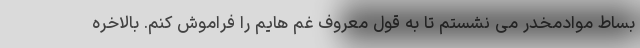
بساط موادمخدر می نشستم تا به قول معروف غم هایم را فراموش کنم. بالاخره